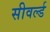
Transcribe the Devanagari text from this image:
सीवर्ल्ड